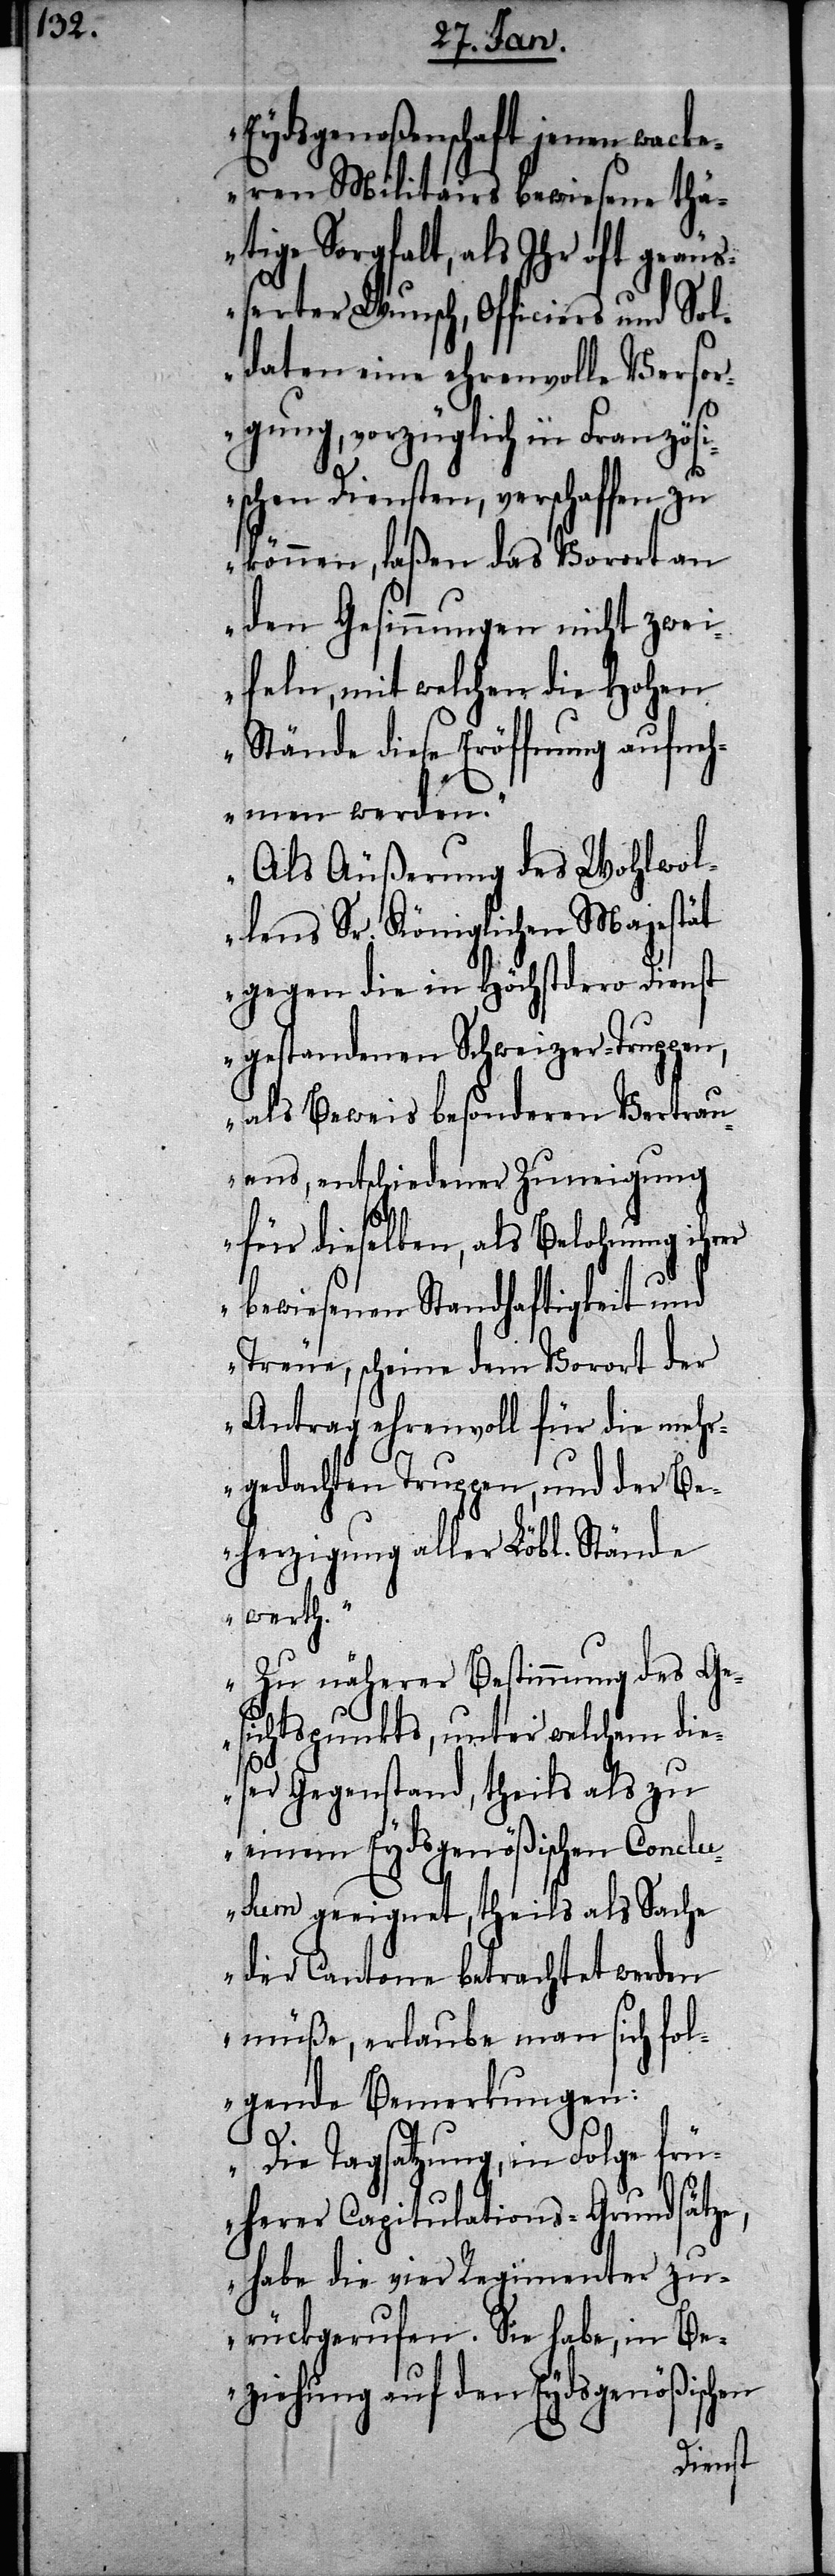
Eydsgenoßenschaft jenen wacke¬
ren Militairs bewiesene thä¬
tige Sorgfalt, als Ihr oft geäu¬
ßerter Wunsch, Officiers und Sol¬
daten eine ehrenvolle Versor¬
gung, vorzüglich in Französ¬
ischen Diensten, verschaffen zu
können, laßen das Vorort an
den Gesinnungen nicht zwei¬
feln, mit welchen die Hohen
Stände diese Eröffnung aufneh¬
men werden.
Als Äußerung des Wohlwol¬
lens Sr. Königlichen Majestät
gegen die in Höchsten Dienst
gestandenen Schweizer-Truppen,
als Beweis besonderen Vertrau¬
ens, entschiedener Zuneigung
für dieselben, als Belohnung ihrer
bewiesenen Standhaftigkeit und
Treue, scheine dem Vorort der
Antrag ehrenvoll für die meh¬
rgedachten Truppen, und der Be¬
herzigung aller Löbl. Stände
werth.
Zu näherer Bestimmung des Ges¬
ichtspunkts, unter welchem die¬
ser Gegenstand, theils als zu
einem Eydsgenößischen Conclu¬
sum geeignet, theils als Sache
der Cantone betrachtet werden
müße, erlaube man sich fol¬
gende Bemerkungen:
Die Tagsatzung, in Folge frü¬
herer Capitulations-Grundsätze,
habe die vier Regimenter zu¬
rückgerufen. Sie habe, in Be¬
ziehung auf den Eydsgenößischen